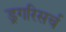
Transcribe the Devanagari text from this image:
ड्रगरिसर्च